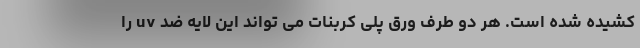
کشیده شده است. هر دو طرف ورق پلی کربنات می تواند این لایه ضد uv را